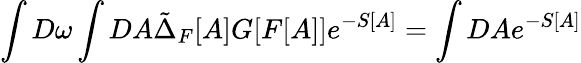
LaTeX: \int D\omega\int DA\tilde{\Delta}_{F}[A]G[F[A]]e^{-S[A]}=\int DAe^{-S[A]}